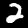
Digit: 2